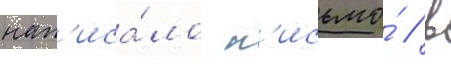
нап'иса́ло п'исьмо́ / в